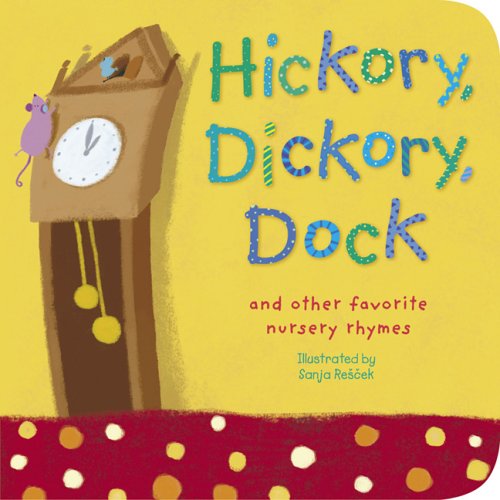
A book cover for Hickory, Dickory, Dock: And Other Favorite Nursery Rhymes (Padded Nursery Rhyme Board Books); Sanja Rescek; Children's Books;